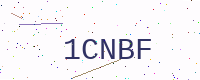
Text: 1CNBF